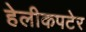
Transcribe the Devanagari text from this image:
हेलीकपटेर